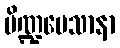
ပိဏ္ဍမေသာနာ